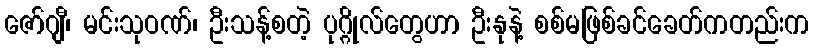
ဇော်ဂျီ၊ မင်းသုဝဏ်၊ ဦးသန့်စတဲ့ ပုဂ္ဂိုလ်တွေဟာ ဦးနုနဲ့ စစ်မဖြစ်ခင်ခေတ်ကတည်းက